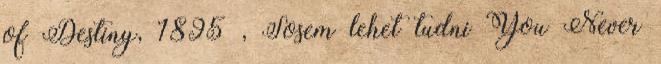
of Destiny, 1895 , Sosem lehet tudni You Never